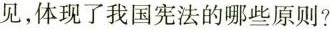
见，体现了我国宪法的哪些原则？